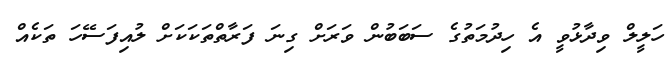
ހަލީލް ވިދާޅުވީ އެ ހިދުމަތުގެ ސަބަބުން ވަރަށް ގިނަ ފަރާތްތަކަކަށް ލުއިފަސޭހަ ތަކެއް